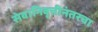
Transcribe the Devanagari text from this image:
सेवानिवृत्तीनंतरचा